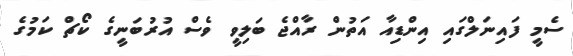
ސެމީ ފައިނަލްގައި އިންޑިއާ އަތުން ރާއްޖެ ބަލިވީ ވެސް އުރުބަނީގެ ކޯޗް ކަމުގެ